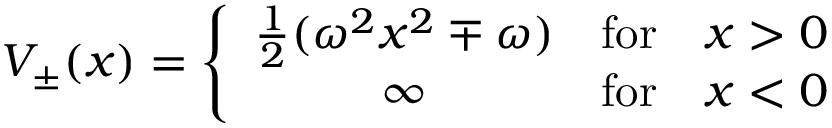
V _ { \pm } ( x ) = \left\{ \begin{array} { c l l } { { { \frac { 1 } { 2 } } ( \omega ^ { 2 } x ^ { 2 } \mp \omega ) } } & { { \mathrm { f o r } } } & { { x > 0 } } \\ { { \infty } } & { { \mathrm { f o r } } } & { { x < 0 } } \end{array} \right.